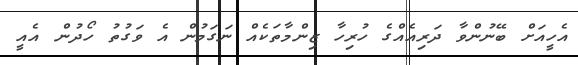
އެހީއަށް ބޭނުންވާ ދަރިއެއްގެ ހުރިހާ ޒިންމާތަކެއް ނަގަމުން އެ ވަގުތު ހޯދުން އެއީ